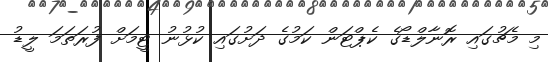
މި މެޗުގައި ރޮނާލްޑޯގެ ކެޕްޓަން ކަމުގެ ދަށުގައި ކުޅުނު ޓީމަށް ފުރަތަމަ ލީޑު